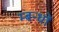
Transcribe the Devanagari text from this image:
म्बन्धों